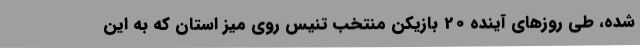
شده، طی روزهای آینده 20 بازیکن منتخب تنیس روی میز استان که به این